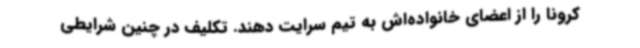
کرونا را از اعضای خانواده‌اش به تیم سرایت دهند. تکلیف در چنین شرایطی